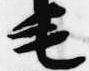
毛